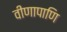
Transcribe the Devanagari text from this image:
वीणापाणि